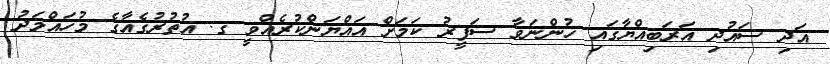
އަދި ސައުދި އަރަބިއްޔާގައި ހުންނަވާ ސަފީރު ކަމަށް އައްޔަންކުރެއްވީ ގ. އުތުރުގެއާގެ މުހައްމަދު